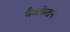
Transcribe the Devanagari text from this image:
मैकफेडन